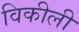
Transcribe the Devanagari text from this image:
विकीली